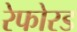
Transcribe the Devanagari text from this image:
रेफोरड